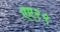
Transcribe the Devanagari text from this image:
एए२९